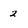
Character: 2